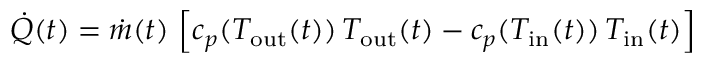
\dot { Q } ( t ) = \dot { m } ( t ) \, \left[ c _ { p } ( T _ { \mathrm { o u t } } ( t ) ) \, T _ { \mathrm { o u t } } ( t ) - c _ { p } ( T _ { \mathrm { i n } } ( t ) ) \, T _ { \mathrm { i n } } ( t ) \right]